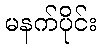
မနက်ပိုင်း